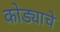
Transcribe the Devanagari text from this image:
कोड्याचे